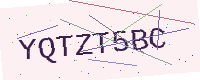
Text: YQTZT5BC